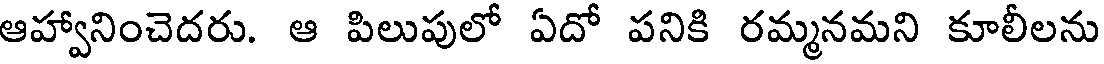
ఆహ్వానించెదరు. ఆ పిలుపులో ఏదో పనికి రమ్మనమని కూలీలను